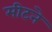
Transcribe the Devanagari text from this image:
मीटने